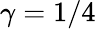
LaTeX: \gamma=1/4